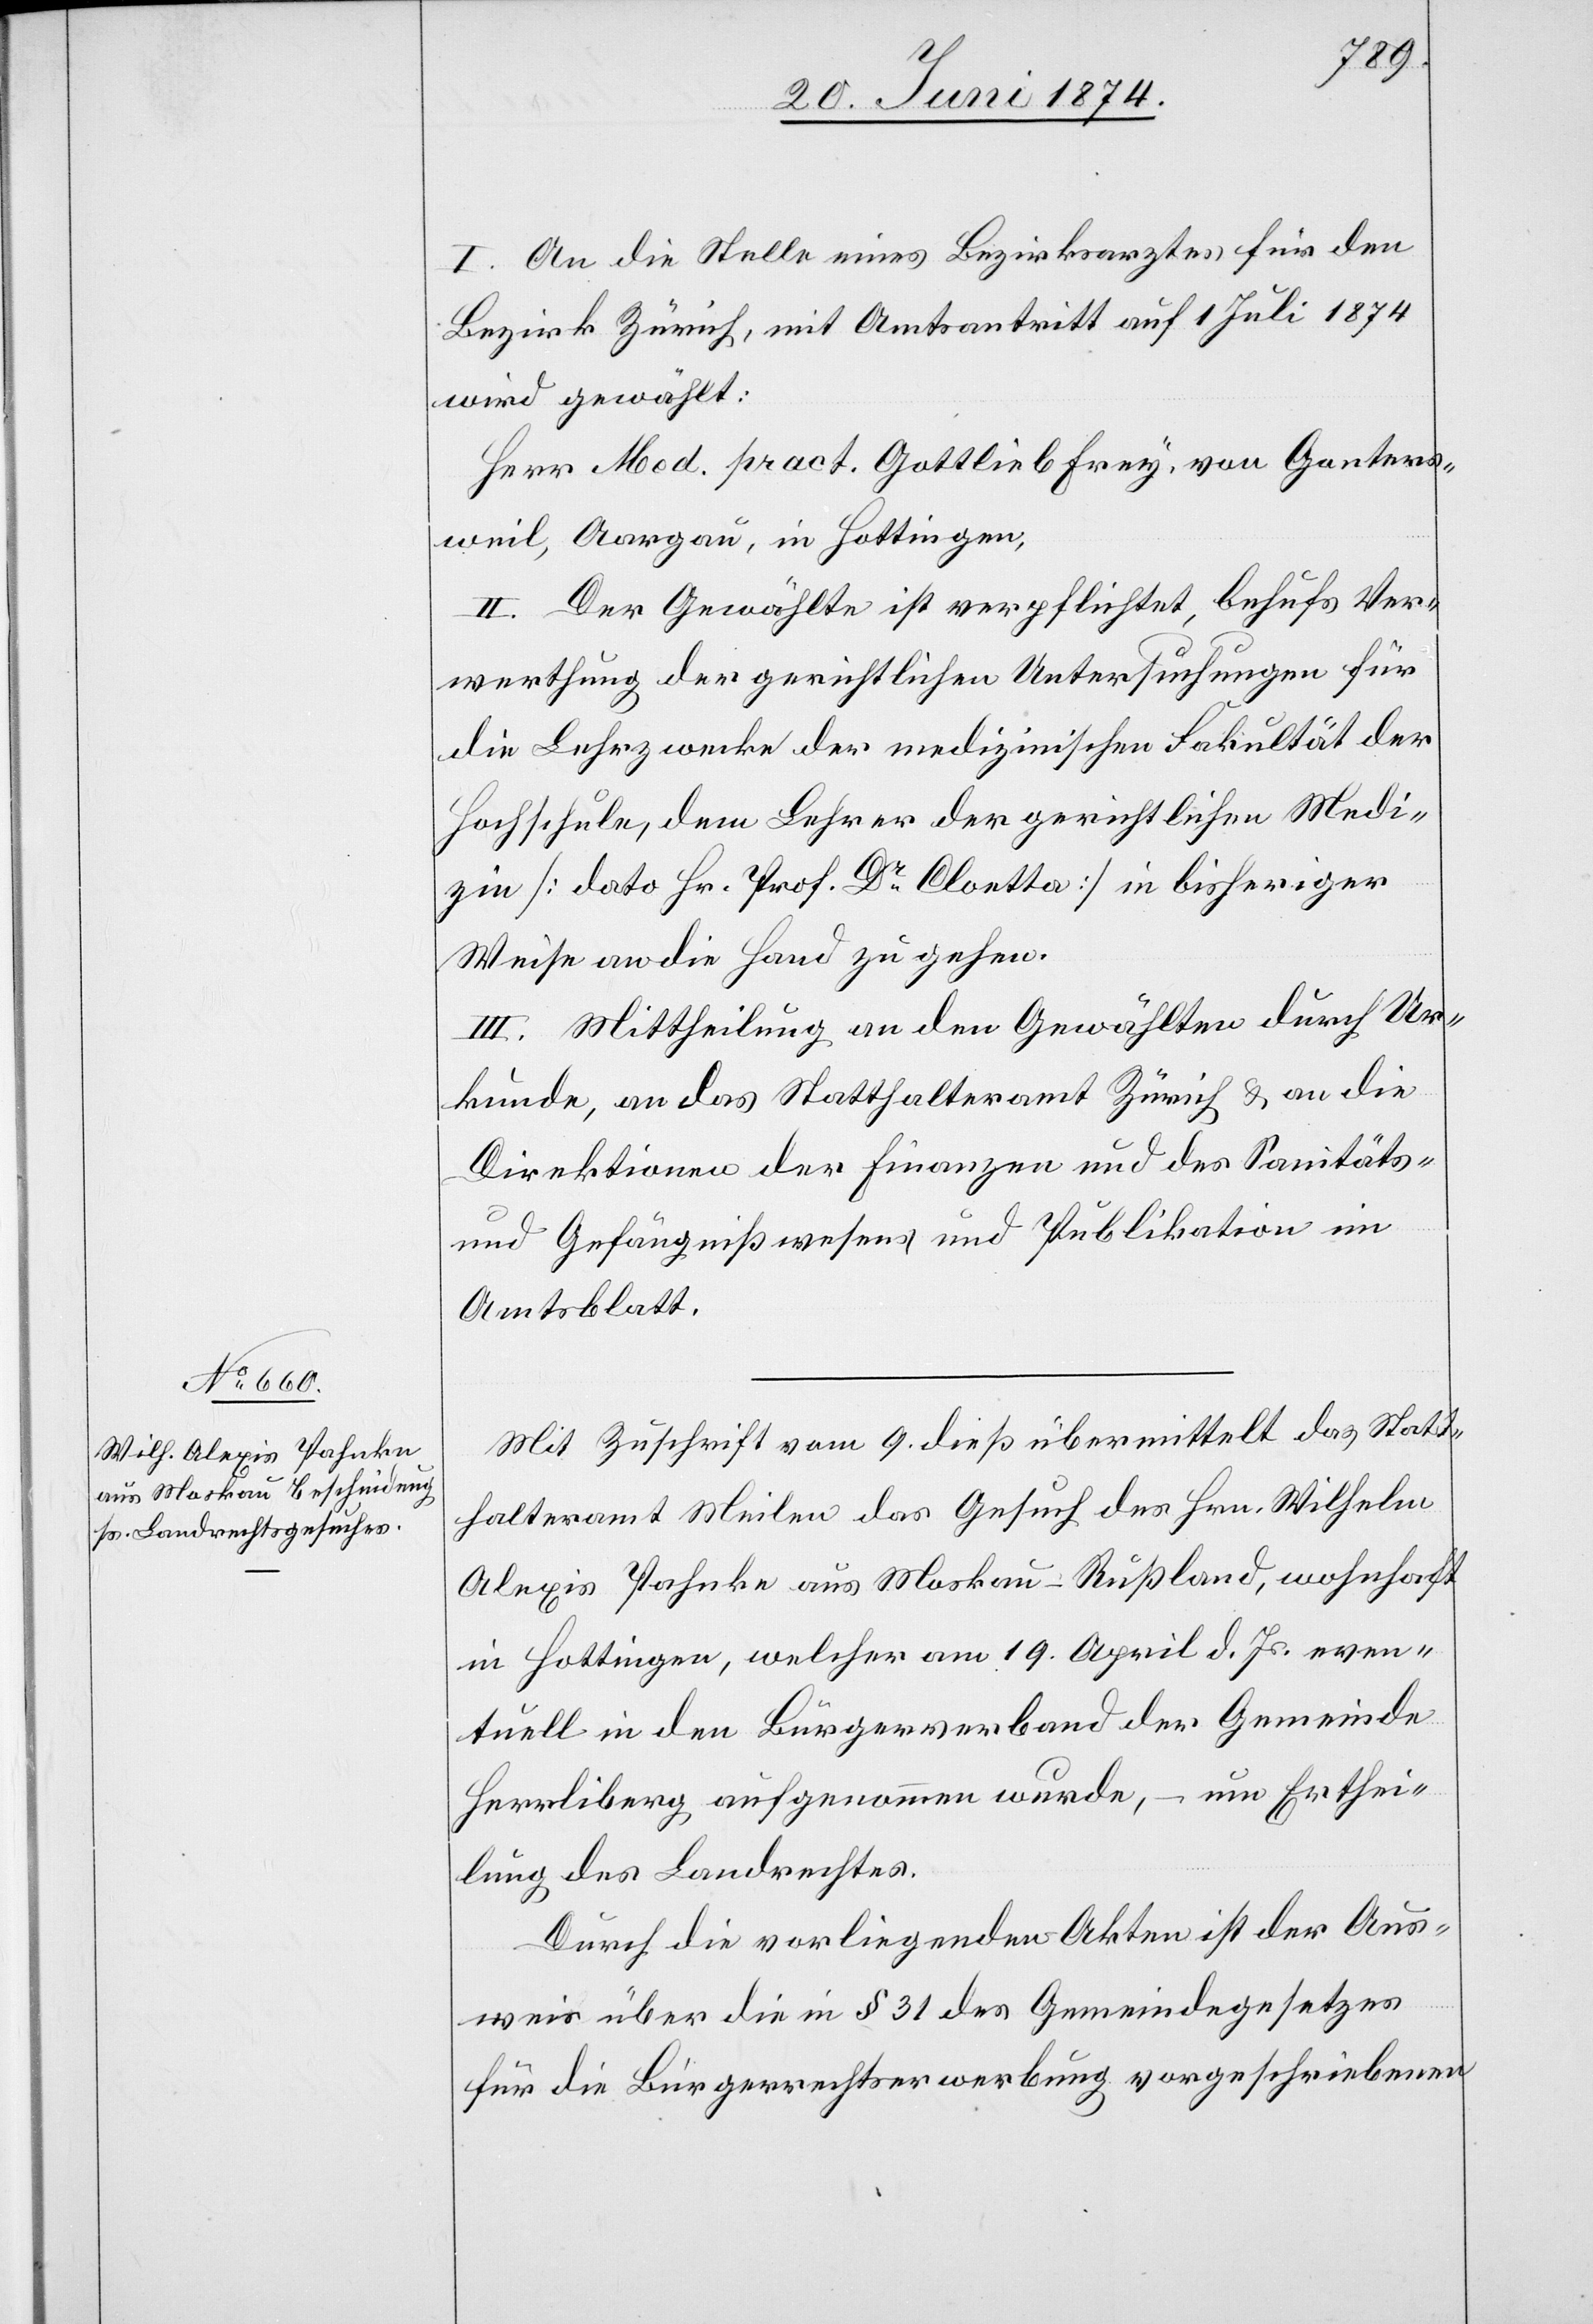
I. An die Stelle eines Bezirksarztes für den
Bezirk Zürich, mit Amtsantritt auf 1. Juli 1874
wird gewählt:
Herr Med. pract. Gottlieb Frey [sic!] von Ganters¬
weil, Aargau, in Hottingen,
II. Der Gewählte ist verpflichtet, behufs Ver¬
werthung der gerichtlichen Untersuchungen für
die Lehrzwecke der medizinischen Fakultät der
Hochschule, dem Lehrer der gerichtlichen Medi¬
zin [dato Hr. Prof. Dr Cloetta] in bisheriger
Weise an die Hand zu gehen.
III. Mittheilung an den Gewählten durch Ur¬
kunde, an das Statthalteramt Zürich u. an die
Direktionen der Finanzen und des Sanitäts-
und Gefängnißwesens und Publication im
Amtsblatt.
Mit Zuschrift vom 9. dieß übermittelt das Statt¬
halteramt Meilen das Gesuch des Hrn. Wilhelm
Alexis Pahnke aus Moskau-Rußland, wohnhaft
in Hottingen, welcher am 19. April d. Js. even¬
tuell in den Bürgerverband der Gemeinde
Herrliberg aufgenommen wurde, – um Erthei¬
lung des Landrechtes.
Durch die vorliegenden Akten ist der Aus¬
weis über die in § 31 des Gemeindegesetzes
für die Bürgerrechtserwerbung vorgeschriebene